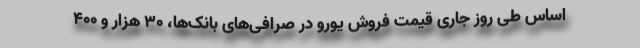
اساس طی روز جاری قیمت فروش یورو در صرافی‌های بانک‌ها، ۳۰ هزار و ۴۰۰